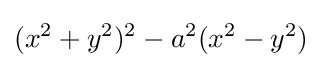
(x^{2}+y^{2})^{2}-a^{2}(x^{2}-y^{2})